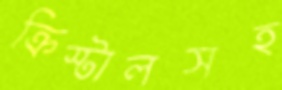
ক্রিস্টালসহ